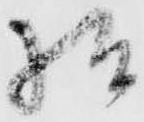
様